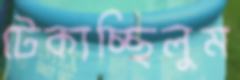
টেকাচ্ছিলুম